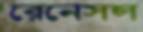
রেনেসন্স